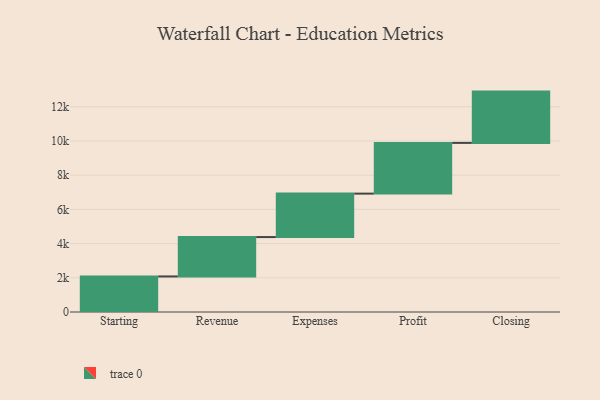
{"axis": {"x": "Step", "y": "Value"}, "legend": [""], "data": [{"x": "Starting", "y": 2079.0, "type": ""}, {"x": "Revenue", "y": 2303.0, "type": ""}, {"x": "Expenses", "y": 2541.0, "type": ""}, {"x": "Profit", "y": 2966.0, "type": ""}, {"x": "Closing", "y": 3000, "type": ""}]}